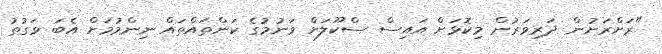
"ރަށްރަށުން ދަރިވަރުން މިކޮޅަށް އައިސް ސްކޫލަށް ވަނުމުގެ ކަންތައްތައް ނިންމުމަށް އެބަ ވަގުތު